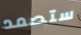
ستصمد